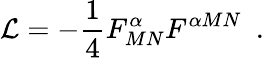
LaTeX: \mathcal{L}=-\frac{1}{4}F_{MN}^{\alpha}F^{\alpha MN}~~.